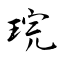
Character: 琓